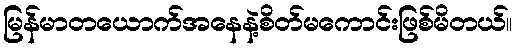
မြန်မာတယောက်အနေနဲ့စိတ်မကောင်းဖြစ်မိတယ်။